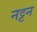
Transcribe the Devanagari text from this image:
नट्टन